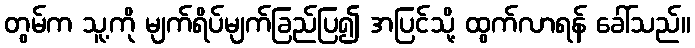
တွမ်က သူ့ကို မျက်ရိပ်မျက်ခြည်ပြ၍ အပြင်သို့ ထွက်လာရန် ခေါ်သည်။